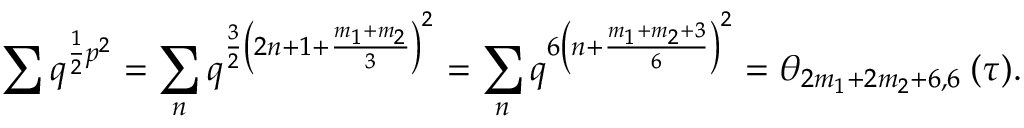
\sum q ^ { \frac { 1 } { 2 } p ^ { 2 } } = \sum _ { n } q ^ { \frac { 3 } { 2 } \left( 2 n + 1 + \frac { m _ { 1 } + m _ { 2 } } { 3 } \right) ^ { 2 } } = \sum _ { n } q ^ { 6 \left( n + \frac { m _ { 1 } + m _ { 2 } + 3 } { 6 } \right) ^ { 2 } } = \theta _ { 2 m _ { 1 } + 2 m _ { 2 } + 6 , 6 } \: ( \tau ) .